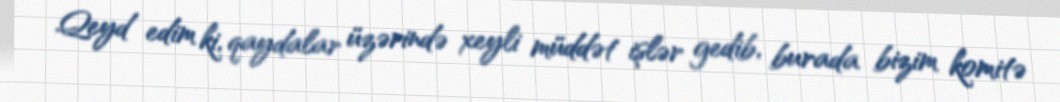
Qeyd edim ki, qaydalar üzərində xeyli müddət işlər gedib, burada bizim komitə